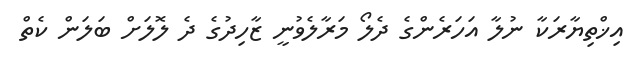
އިޚްތިޔާރަކާ ނުލާ އަހަރެންގެ ދެލޯ މަރާލެވުނީ ޒާހިދުގެ ދެ ލޮލަށް ބަލަން ކެތް